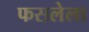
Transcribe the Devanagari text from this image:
फसलेला